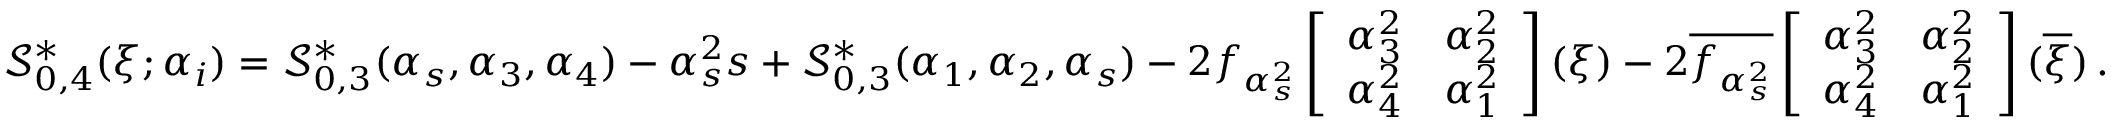
\begin{array} { r } { \mathcal { S } _ { 0 , 4 } ^ { \ast } ( \xi ; \alpha _ { i } ) = { \mathcal { S } _ { 0 , 3 } ^ { \ast } ( \alpha _ { s } , \alpha _ { 3 } , \alpha _ { 4 } ) } - { \alpha _ { s } ^ { 2 } s } + { \mathcal { S } _ { 0 , 3 } ^ { \ast } ( \alpha _ { 1 } , \alpha _ { 2 } , \alpha _ { s } ) } - 2 f _ { \alpha _ { s } ^ { 2 } } \left[ \begin{array} { l l } { \alpha _ { 3 } ^ { 2 } } & { \alpha _ { 2 } ^ { 2 } } \\ { \alpha _ { 4 } ^ { 2 } } & { \alpha _ { 1 } ^ { 2 } } \end{array} \right] ( \xi ) - 2 \overline { { f _ { \alpha _ { s } ^ { 2 } } } } \left[ \begin{array} { l l } { \alpha _ { 3 } ^ { 2 } } & { \alpha _ { 2 } ^ { 2 } } \\ { \alpha _ { 4 } ^ { 2 } } & { \alpha _ { 1 } ^ { 2 } } \end{array} \right] ( \overline { { \xi } } ) \, . } \end{array}